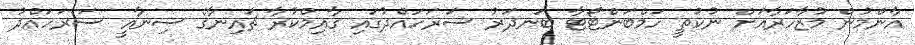
އާންމުން މުޒާހަރާއަށް ނުކުތީ ހަމްބަންޓޯޓާ ބަނދަރު ސަރަހައްދުގައި ގާއިމްކުރާ ޗައިނާގެ ސިނާއީ ސަރަހައްދު